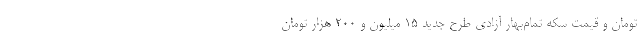
تومان و قیمت سکه تمام‌بهار آزادی طرح جدید 15 میلیون و 200 هزار تومان